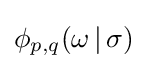
\phi _{p,q}(\omega \,|\,\sigma )